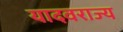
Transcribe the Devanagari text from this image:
यादवराज्य